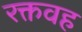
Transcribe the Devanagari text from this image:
रक्तवह